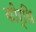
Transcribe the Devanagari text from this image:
कीर्थि